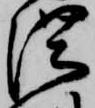
濃